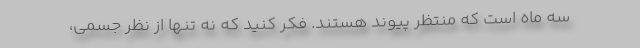
سه ماه است که منتظر پیوند هستند. فکر کنید که نه تنها از نظر جسمی،